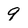
Character: 9